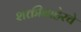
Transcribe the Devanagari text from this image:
शक्तीबाहेरचे